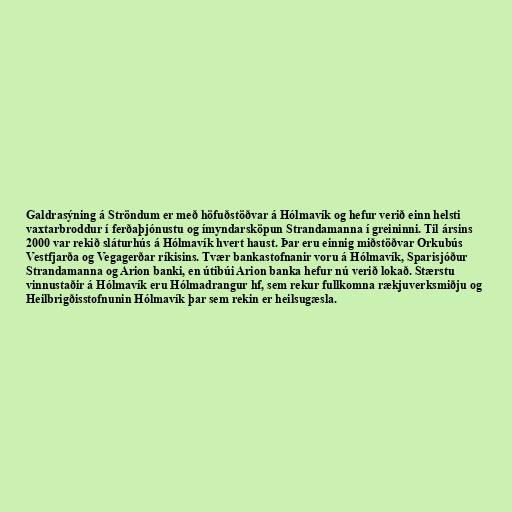
Galdrasýning á Ströndum er með höfuðstöðvar á Hólmavík og hefur verið einn helsti
vaxtarbroddur í ferðaþjónustu og ímyndarsköpun Strandamanna í greininni. Til ársins
2000 var rekið sláturhús á Hólmavík hvert haust. Þar eru einnig miðstöðvar Orkubús
Vestfjarða og Vegagerðar ríkisins. Tvær bankastofnanir voru á Hólmavík, Sparisjóður
Strandamanna og Arion banki, en útibúi Arion banka hefur nú verið lokað. Stærstu
vinnustaðir á Hólmavík eru Hólmadrangur hf, sem rekur fullkomna rækjuverksmiðju og
Heilbrigðisstofnunin Hólmavík þar sem rekin er heilsugæsla.